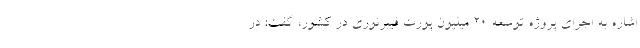
اشاره به اجرای پروژه توسعه ۲۰ میلیون پورت فیبرنوری در کشور، گفت: در